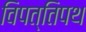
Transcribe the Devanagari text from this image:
विपत्तिपथ